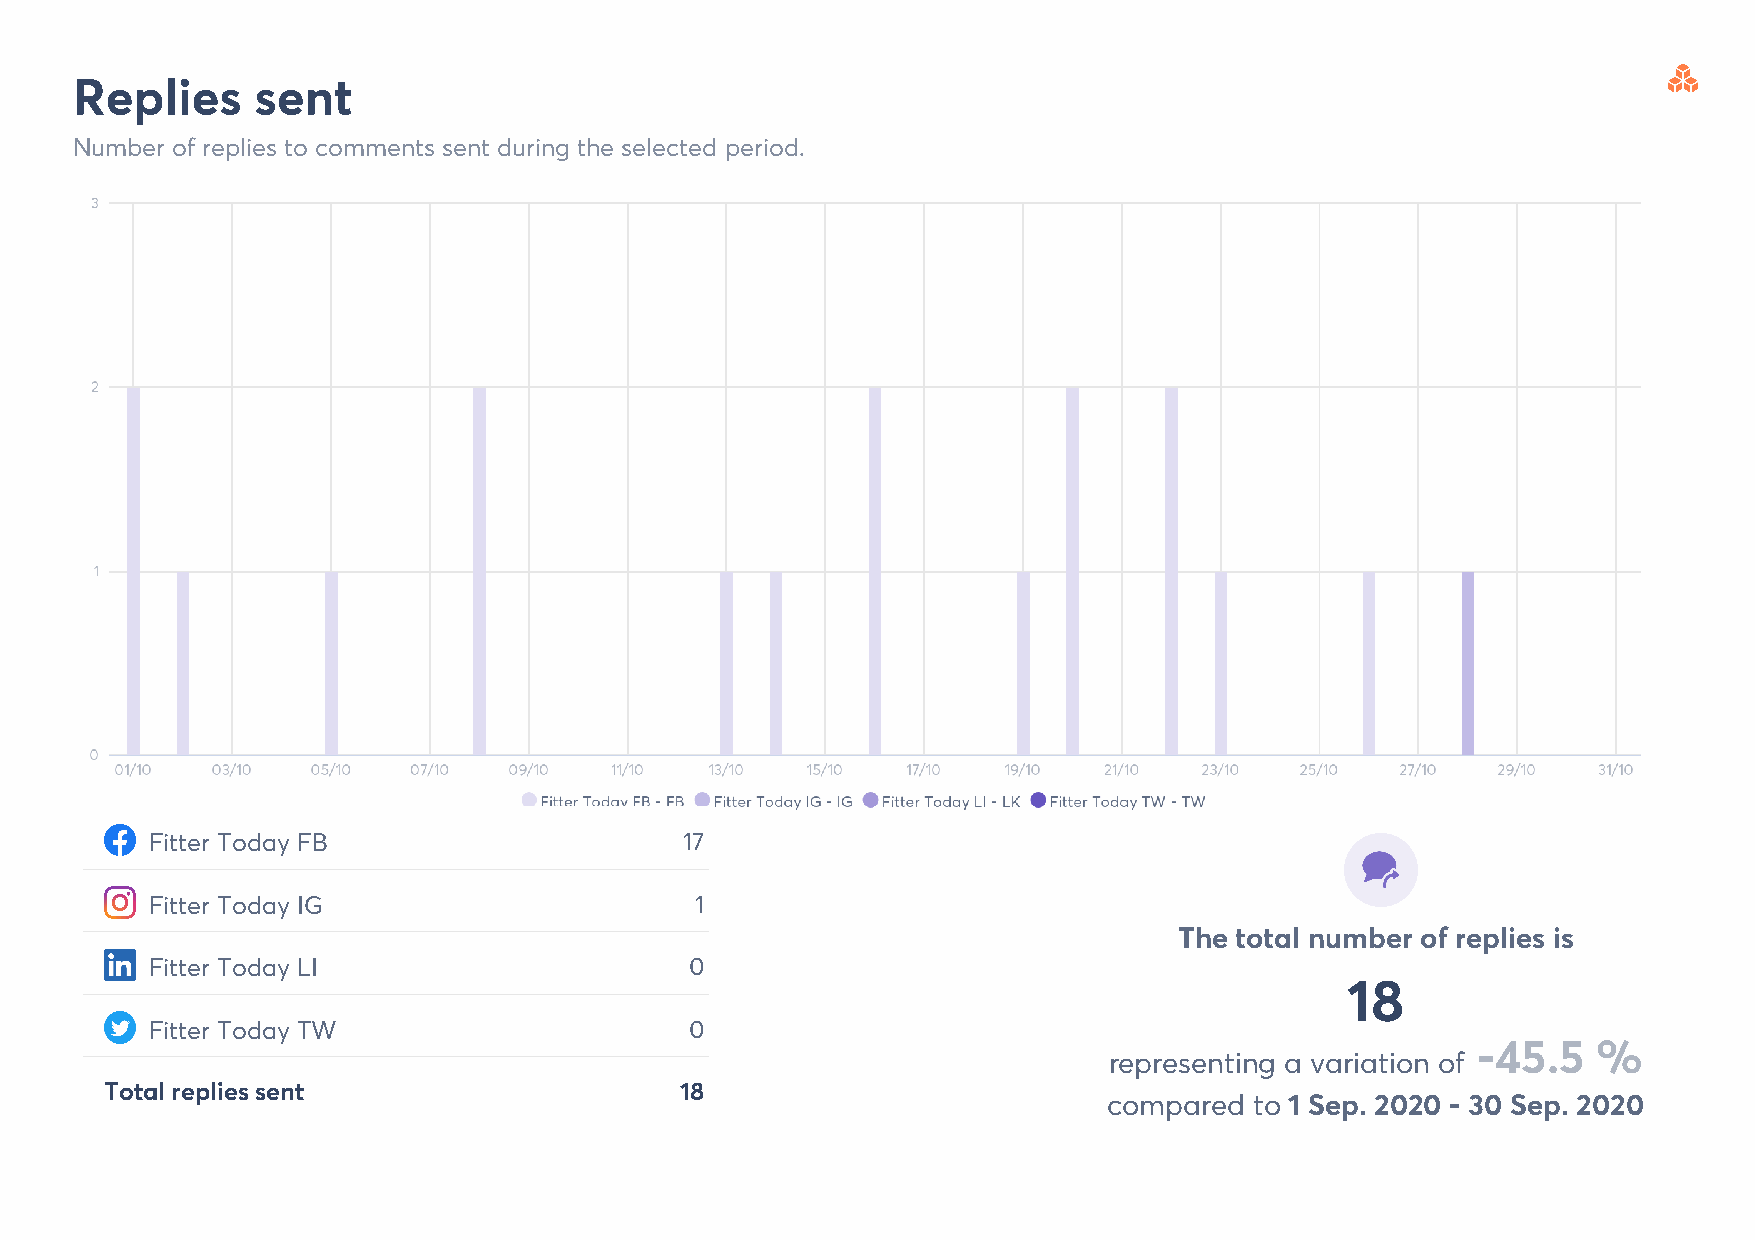
Replies     sent
 Number of replies to comments sent during the selected period.
 Fitter Today FB                    17
 Fitter Today IG                     1
 The total number of replies is
 Fitter Today LI                     0
 18
 Fitter Today TW                     0
 -45.5   %
 representing a variation of
 Total replies sent                    18
 compared  to 1 Sep. 2020 - 30 Sep. 2020